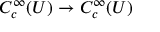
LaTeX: C _ { c } ^ { \infty } ( U ) \to C _ { c } ^ { \infty } ( U )